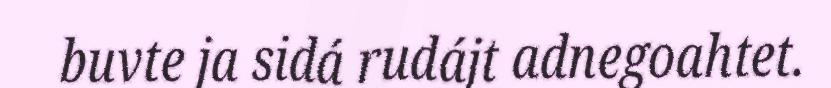
buvte ja sidá rudájt adnegoahtet.